Lunatic asylums in Bengal annual reports 1899-1911 - 1899-1911
Year: 1899
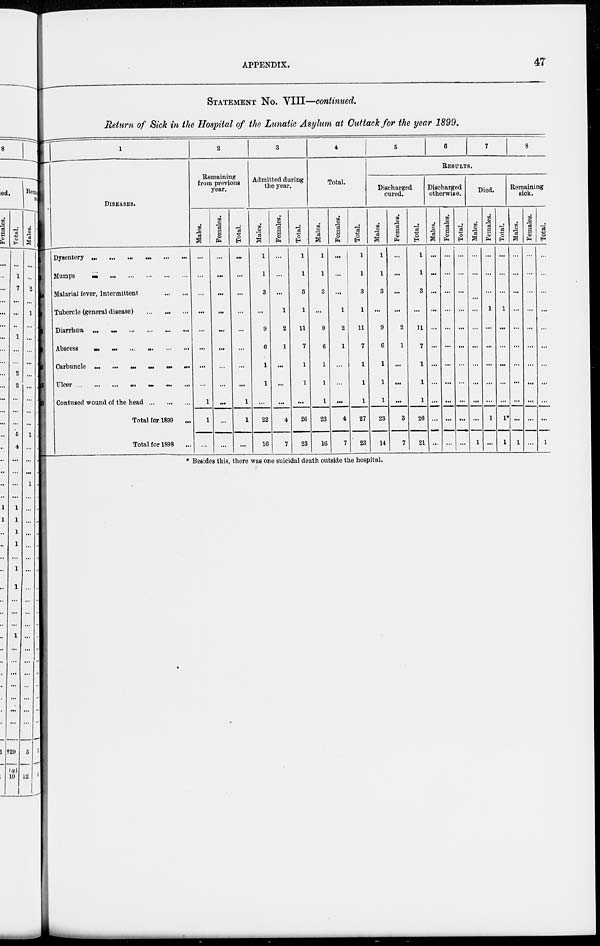
APPENDIX.
47
STATEMENT No. VIII—continued.
Return of Sick in the Hospital of the Lunatic Asylum at Cuttack for the year 1899.
1
DISEASES.
Dysentery ... ... ... ... ... ...
Mumps ... ... ... ... ... ...
Malarial fever, Intermittent ... ...
Tubercle (general disease) ... ... ...
Diarrhœa ... ... ... ...
Abscess
...
...
..:
...
Carbuncle ... ... ... ...
Ulcer ... ... ... ... ... ...
Contused wound of the head ... ... ... ...
Total for 1899 ...
Total for 1898 ...
2
Remaining
from previous
year.
Males.
...
...
...
...
...
...
...
...
1
1
...
Females.
...
...
...
...
...
...
...
...
...
...
...
Total.
...
...
...
...
...
...
...
...
1
1
...
3
Admitted during
the year.
Males.
1
1
3
...
9
6
1
1
...
22
16
Females.
...
...
...
1
2
1
...
...
...
4
7
Total.
1
1
3
1
11
7
1
1
...
26
23
4
Total.
Males.
1
1
3
...
9
6
1
1
1
23
16
Females.
...
...
...
1
2
1
...
...
...
4
7
Total.
1
1
3
1
11
7
1
1
1
27
23
5
6
7
8
RESULTS.
Discharged
cured.
Males.
1
1
3
...
9
6
1
1
1
23
14
Females.
...
...
...
...
2
1
...
...
...
3
7
Total.
1
1
3
...
11
7
1
1
1
26
21
Discharged
otherwise.
Males.
...
...
...
...
...
...
...
...
...
...
...
Females.
...
...
...
...
...
...
...
...
...
...
...
Total.
...
...
...
...
...
...
...
...
...
...
...
Died.
Males.
...
...
...
...
...
...
...
...
...
1
Females.
...
...
...
1
...
...
...
...
...
1
...
Total.
...
...
...
1
...
...
...
...
...
1*
1
Remaining
sick.
Males.
...
...
...
...
...
...
...
...
...
...
1
Females.
...
...
...
...
...
...
...
...
...
...
...
Total.
...
...
...
...
...
...
...
...
...
...
1
* Besides this, there was one suicidal death outside the hospital.